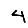
Digit: 4